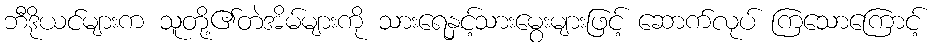
ဘီဒိုယင်များက သူတို့၏တဲအိမ်များကို သားရေနှင့်သားမွေးများဖြင့် ဆောက်လုပ် ကြသောကြောင့်